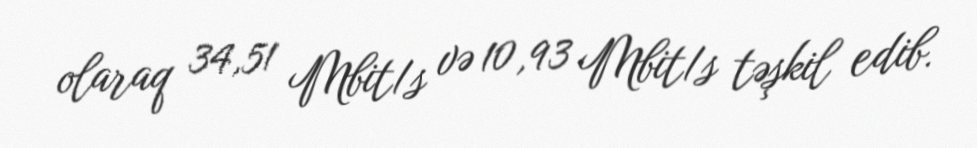
olaraq 34,51 Mbit/s və 10,93 Mbit/s təşkil edib.